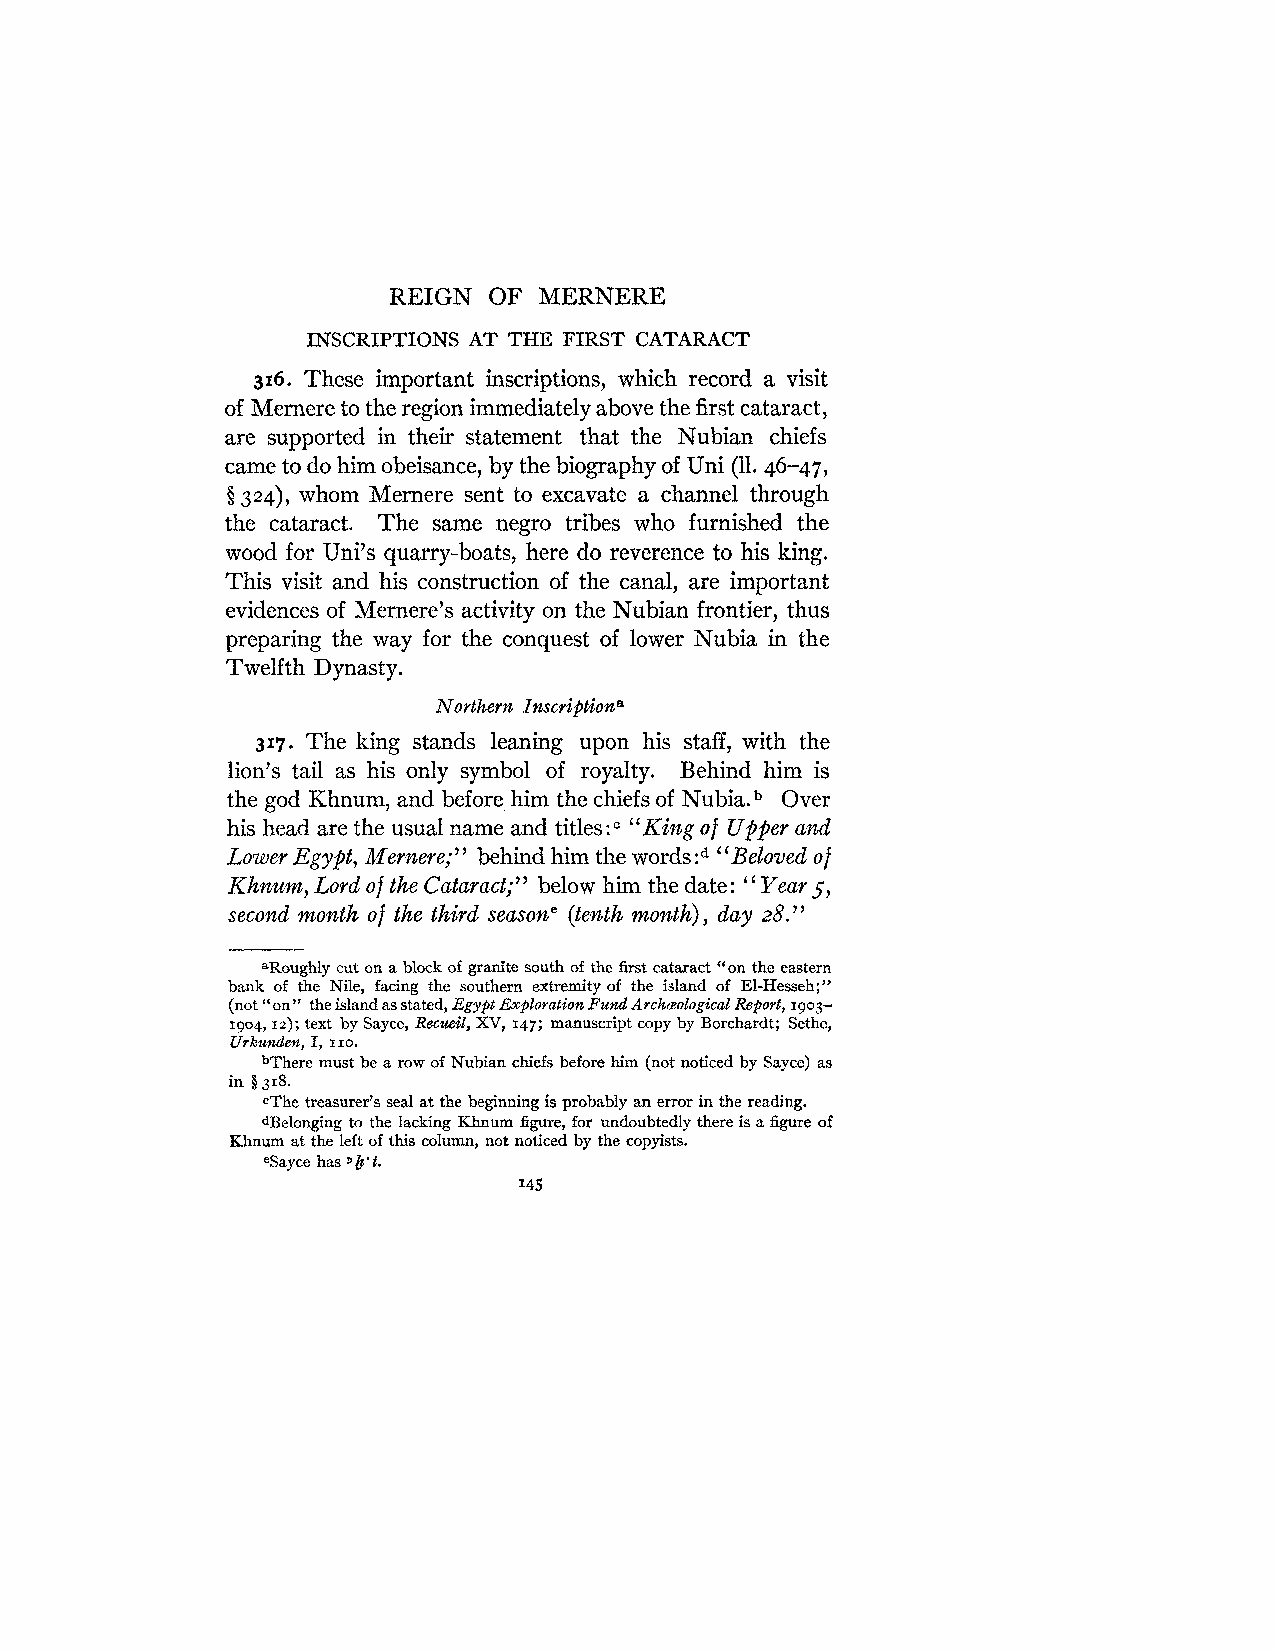
REIGN OF  MERNERE
 INSCRIPTIONS AT THE FIRST CATARACT
 316. These important inscriptions, which record a visit
 of Mernere to the region immediately above the first cataract,
 are supported in their statement that the Nubian chiefs
 came to do him obeisance, by the biography of Uni (11.46-47,
 $324), whom Mernere sent to excavate a channel through
 the cataract. The same negro tribes who furnished the
 wood for Uni's quarry-boats, here do reverence to his king.
 This visit and his construction of the canal, are important
 evidences of Mernere's activity on the Nubian frontier, thus
 preparing the way for the conquest of lower Nubia in the
 Twelfth Dynasty.
 Northern I.nscriftiona
 317. The king stands leaning upon his staff, with the
 lion's tail as his only symbol of royalty. Behind him is
 the god Khnum, and before him the chiefs of N ~ b i a .O~v er
 his head are the usual name and titles : "King of Upper and
 Lower Egypt, Mernere;" behind him the words:d "Beloved of
 Khnum, Lord of the Cataract;" below him the date: Year 5,
 "
 secomd month of the third seasone (tenth month), day 28. "
 aRoughly cut on a block of granite south of the first cataract "on the eastern
 bank of the Nile, facing the southern extremity of the island of El-Hesseh;"
 (not "on" the island as stated, Egypt Exploration Fund Archreological Report, 1903-
 1904,rz); text by Sayce, Recueil, XV, 147; manuscript copy by Borchardt; Sethe,
 Urkunden, I, I 10.
 bThere must be a row of Nubian chiefs before him (not noticed by Sayce) as
 in $318.
 cThe treasurer's seal at the beginning is probably an error in the reading.
 dBelonging to the lacking Khnum figure, for undoubtedly there is a figure of
 Khnum at the left of this column, not noticed by the copyists.
 eSayce has 9h.t.
 145